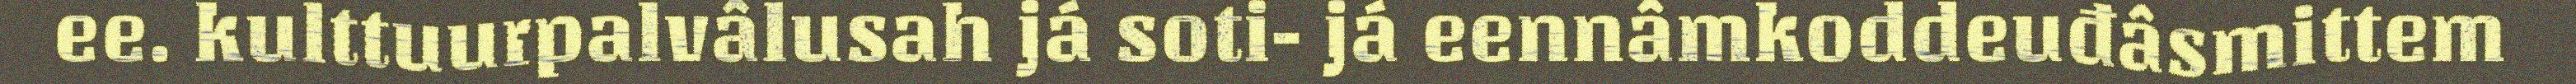
ee. kulttuurpalvâlusah já soti- já eennâmkoddeuđâsmittem